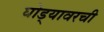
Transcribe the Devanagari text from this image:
घोड्यावरची